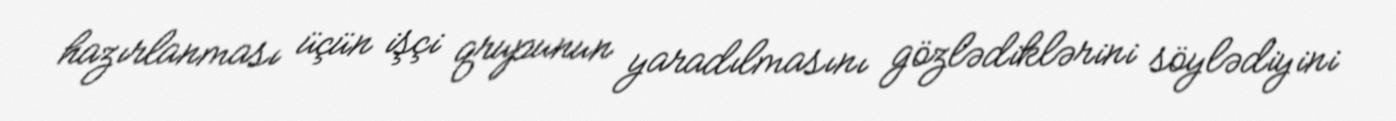
hazırlanması üçün işçi qrupunun yaradılmasını gözlədiklərini söylədiyini